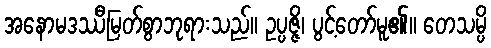
အနောမဒဿီမြတ်စွာဘုရားသည်။ ဥပ္ပဇ္ဇိ၊ ပွင့်တော်မူ၏။ တေသမ္ပိ